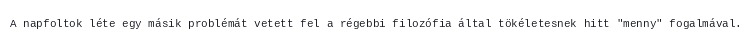
A napfoltok léte egy másik problémát vetett fel a régebbi filozófia által tökéletesnek hitt "menny" fogalmával.